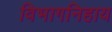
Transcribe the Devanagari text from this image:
विभागनिहाय